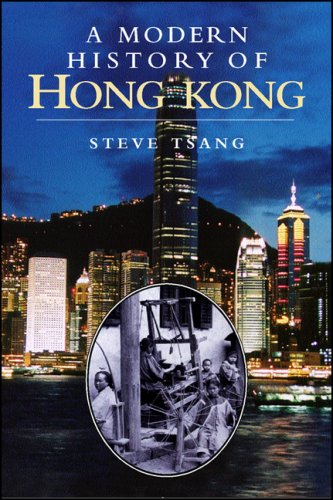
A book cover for A Modern History of Hong Kong; Steve Tsang; History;